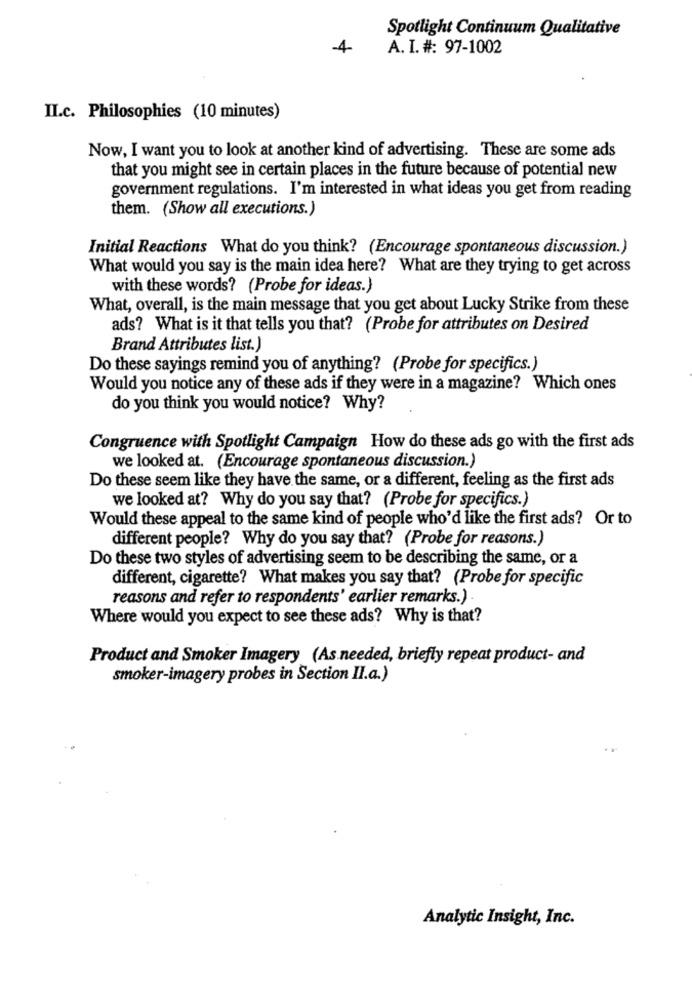
Spotlight Continuum Qualitative
4
A. I. #: 97-1002
II.c. Philosophies (10 minutes)
Now, I want you to look at another kind of advertising. These are some ads
that you might see in certain places in the future because of potential new
government regulations. I'm interested in what ideas you get from reading
them. (Show all executions.)
Initial Reactions What do you think? (Encourage spontaneous discussion.)
What would you say is the main idea here? What are they trying to get across
with these words? (Probe for ideas.)
What, overall, is the main message that you get about Lucky Strike from these
ads? What is it that tells you that? (Probe for attributes on Desired
Brand Attributes list.)
Do these sayings remind you of anything? (Probe for specifics.)
Would you notice any of these ads if they were in a magazine? Which ones
do you think you would notice? Why?
Congruence with Spotlight Campaign How do these ads go with the first ads
we looked at. (Encourage spontaneous discussion.)
Do these seem like they have the same, or a different, feeling as the first ads
we looked at? Why do you say that? (Probe for specifics.)
Would these appeal to the same kind of people who'd like the first ads? Or to
different people? Why do you say that? (Probe for reasons.)
Do these two styles of advertising seem to be describing the same, or a
different, cigarette? What makes you say that? (Probe for specific
reasons and refer to respondents' earlier remarks.) .
Where would you expect to see these ads? Why is that?
Product and Smoker Imagery (As needed, briefly repeat product- and
smoker-imagery probes in Section II.a.)
Analytic Insight, Inc.